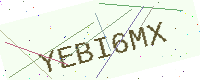
Text: YEBI6MX